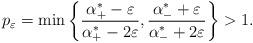
LaTeX: \begin{align*}p_\varepsilon=\min\left\{\frac{\alpha_+^\ast-\varepsilon}{\alpha_+^\ast-2\varepsilon},\frac{\alpha_-^\ast+\varepsilon}{\alpha_-^\ast+2\varepsilon}\right\}>1. \end{align*}